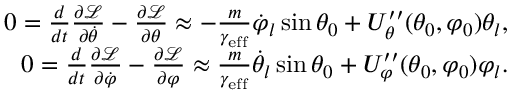
\begin{array} { r } { 0 = \frac { d } { d t } \frac { \partial \mathcal { L } } { \partial \dot { \theta } } - \frac { \partial \mathcal { L } } { \partial \theta } \approx - \frac { m } { \gamma _ { \mathrm { e f f } } } \dot { \varphi } _ { l } \sin \theta _ { 0 } + U _ { \theta } ^ { \prime \prime } ( \theta _ { 0 } , \varphi _ { 0 } ) \theta _ { l } , } \\ { 0 = \frac { d } { d t } \frac { \partial \mathcal { L } } { \partial \dot { \varphi } } - \frac { \partial \mathcal { L } } { \partial \varphi } \approx \frac { m } { \gamma _ { \mathrm { e f f } } } \dot { \theta } _ { l } \sin \theta _ { 0 } + U _ { \varphi } ^ { \prime \prime } ( \theta _ { 0 } , \varphi _ { 0 } ) \varphi _ { l } . } \end{array}